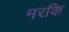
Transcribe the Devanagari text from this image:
मरकि